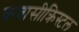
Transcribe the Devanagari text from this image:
कवासीक्रिस्टल